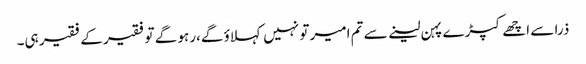
ذرا سے اچھے کپڑے پہن لینے سے تم امیر تو نہیں کہلاؤ گے،رہو گے تو فقیر کے فقیر ہی۔